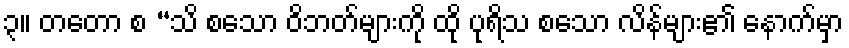
၃။ တတော စ “သိ စသော ဝိဘတ်များကို ထို ပုရိသ စသော လိန်များ၏ နောက်မှာ